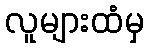
လူများထံမှ